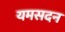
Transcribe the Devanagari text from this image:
यमसदन